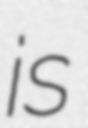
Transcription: is